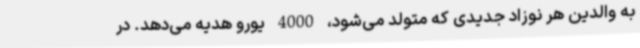
به والدین هر نوزاد جدیدی که متولد می‌شود، 4000 یورو هدیه می‌دهد. در